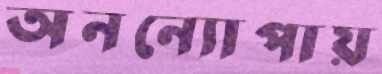
অনন্যোপায়